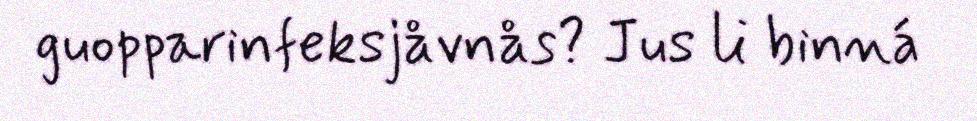
guopparinfeksjåvnås? Jus li binná